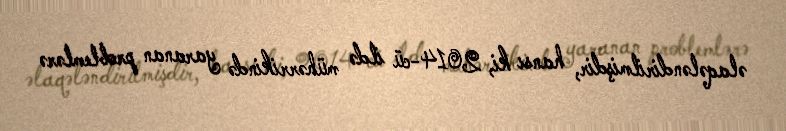
əlaqələndirilmişdir, hansı ki, 2014-cü ildə mühərrikində yaranan problemlərə